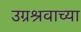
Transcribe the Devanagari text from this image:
उग्रश्रवाच्या